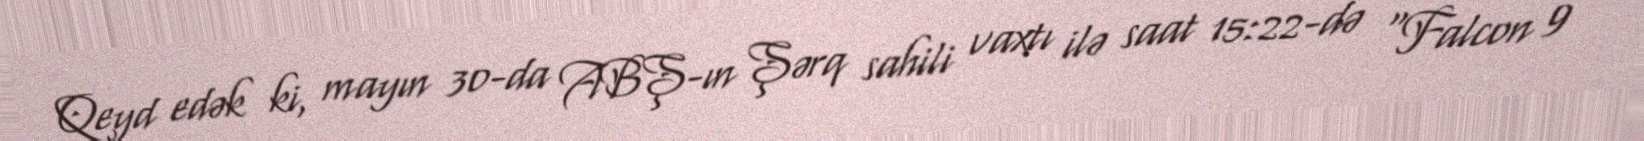
Qeyd edək ki, mayın 30-da ABŞ-ın Şərq sahili vaxtı ilə saat 15:22-də “Falcon 9”